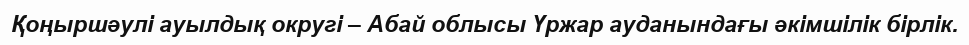
Қоңыршәулі ауылдық округі – Абай облысы Үржар ауданындағы әкімшілік бірлік.